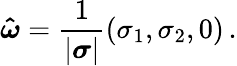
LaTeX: \boldsymbol{\hat{\omega}}=\frac{1}{|\boldsymbol{\sigma}|}(\sigma_{1},\sigma_{2},0)\, .